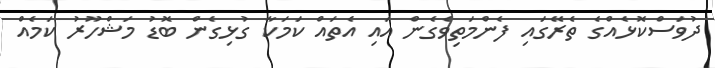
ދުވަސްކޮޅެއްގެ ތެރޭގައި ފެންމަތިވެގެން އައި އެތައް ކަމަކާ ގުޅިގެން ބޮޑު މަޝްހޫރު ކަމެއް